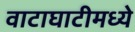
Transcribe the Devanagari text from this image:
वाटाघाटीमध्ये